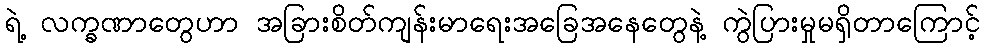
ရဲ့ လက္ခဏာတွေဟာ အခြားစိတ်ကျန်းမာရေးအခြေအနေတွေနဲ့ ကွဲပြားမှုမရှိတာကြောင့်